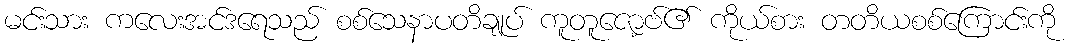
မင်းသား ကလေးအင်ဒရေသည် စစ်သေနာပတိချုပ် ကူတူဇော့ဗ်၏ ကိုယ်စား တတိယစစ်ကြောင်းကို